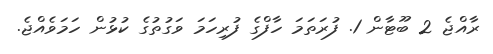
ރާއްޖެ 2 ބޫޓާން 1. ފުރަތަމަ ހާފްގެ ފުރިހަމަ ވަގުތުގެ ކުޅުން ހަމަވެއްޖެ.